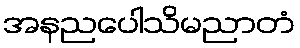
အနညပေါသိမညာတံ